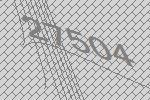
27504